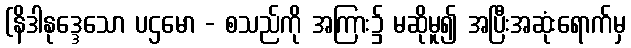
(နိဒါနုဒ္ဒေသော ပဌမော - စသည်ကို အကြား၌ မဆိုမူ၍ အပြီးအဆုံးရောက်မှ